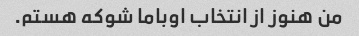
من هنوز از انتخاب اوباما شوکه هستم.